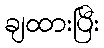
ချထားပြီး